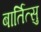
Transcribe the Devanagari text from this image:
बार्तित्सु